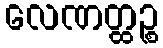
လေဏတ္ထဉ္စ